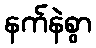
နက်နဲစွာ